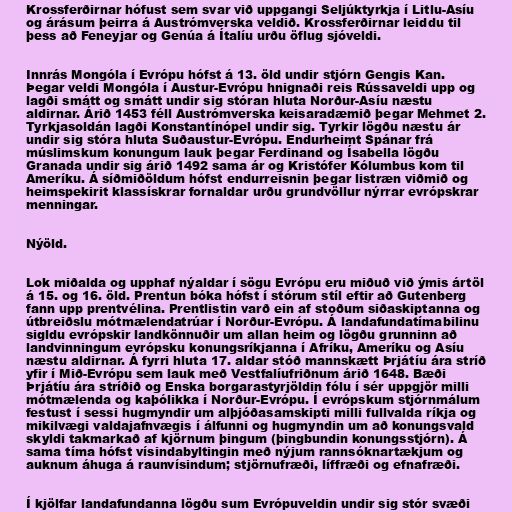
Krossferðirnar hófust sem svar við uppgangi Seljúktyrkja í Litlu-Asíu
og árásum þeirra á Austrómverska veldið. Krossferðirnar leiddu til
þess að Feneyjar og Genúa á Ítalíu urðu öflug sjóveldi.

Innrás Mongóla í Evrópu hófst á 13. öld undir stjórn Gengis Kan.
Þegar veldi Mongóla í Austur-Evrópu hnignaði reis Rússaveldi upp og
lagði smátt og smátt undir sig stóran hluta Norður-Asíu næstu
aldirnar. Árið 1453 féll Austrómverska keisaradæmið þegar Mehmet 2.
Tyrkjasoldán lagði Konstantínópel undir sig. Tyrkir lögðu næstu ár
undir sig stóra hluta Suðaustur-Evrópu. Endurheimt Spánar frá
múslimskum konungum lauk þegar Ferdinand og Ísabella lögðu
Granada undir sig árið 1492 sama ár og Kristófer Kólumbus kom til
Ameríku. Á síðmiðöldum hófst endurreisnin þegar listræn viðmið og
heimspekirit klassískrar fornaldar urðu grundvöllur nýrrar evrópskrar
menningar.

Nýöld.

Lok miðalda og upphaf nýaldar í sögu Evrópu eru miðuð við ýmis ártöl
á 15. og 16. öld. Prentun bóka hófst í stórum stíl eftir að Gutenberg
fann upp prentvélina. Prentlistin varð ein af stoðum siðaskiptanna og
útbreiðslu mótmælendatrúar í Norður-Evrópu. Á landafundatímabilinu
sigldu evrópskir landkönnuðir um allan heim og lögðu grunninn að
landvinningum evrópsku konungsríkjanna í Afríku, Ameríku og Asíu
næstu aldirnar. Á fyrri hluta 17. aldar stóð mannskætt Þrjátíu ára stríð
yfir í Mið-Evrópu sem lauk með Vestfalíufriðnum árið 1648. Bæði
Þrjátíu ára stríðið og Enska borgarastyrjöldin fólu í sér uppgjör milli
mótmælenda og kaþólikka í Norður-Evrópu. Í evrópskum stjórnmálum
festust í sessi hugmyndir um alþjóðasamskipti milli fullvalda ríkja og
mikilvægi valdajafnvægis í álfunni og hugmyndin um að konungsvald
skyldi takmarkað af kjörnum þingum (þingbundin konungsstjórn). Á
sama tíma hófst vísindabyltingin með nýjum rannsóknartækjum og
auknum áhuga á raunvísindum; stjörnufræði, líffræði og efnafræði.

Í kjölfar landafundanna lögðu sum Evrópuveldin undir sig stór svæði